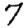
Digit: 7